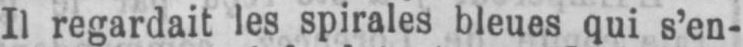
Il regardait les spirales bleues qui s’en-